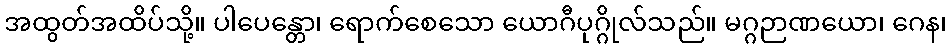
အထွတ်အထိပ်သို့။ ပါပေန္တော၊ ရောက်စေသော ယောဂီပုဂ္ဂိုလ်သည်။ မဂ္ဂဉာဏယော၊ ဂေန၊